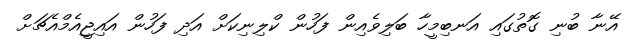
އޭނާ ބުނި ގޮތުގައި އަނބިމީހާ ބަލިވެއިން ފަހުން ކްލިނިކަށް އަދި ފަހުން އައިޖީއެމްއެޗަށް